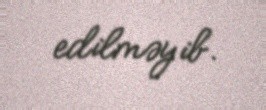
edilməyib.